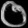
Digit: ၀